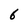
Character: 6